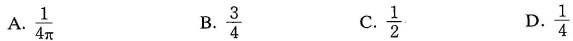
A. \frac{1}{4 \pi } B. \frac{3}{4} C. \frac{1}{2} D.\frac{1}{4}